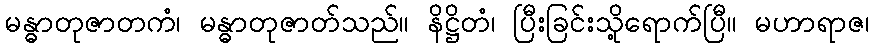
မန္ဓာတုဇာတကံ၊ မန္ဓာတုဇာတ်သည်။ နိဋ္ဌိတံ၊ ပြီးခြင်းသို့ရောက်ပြီ။ မဟာရာဇ၊